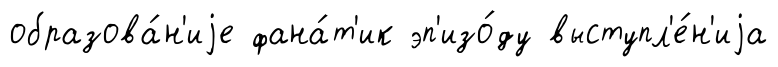
образова́н'иjе фана́т'ик эп'изо́ду выступл'е́н'иjа